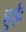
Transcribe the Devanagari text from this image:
हुईः